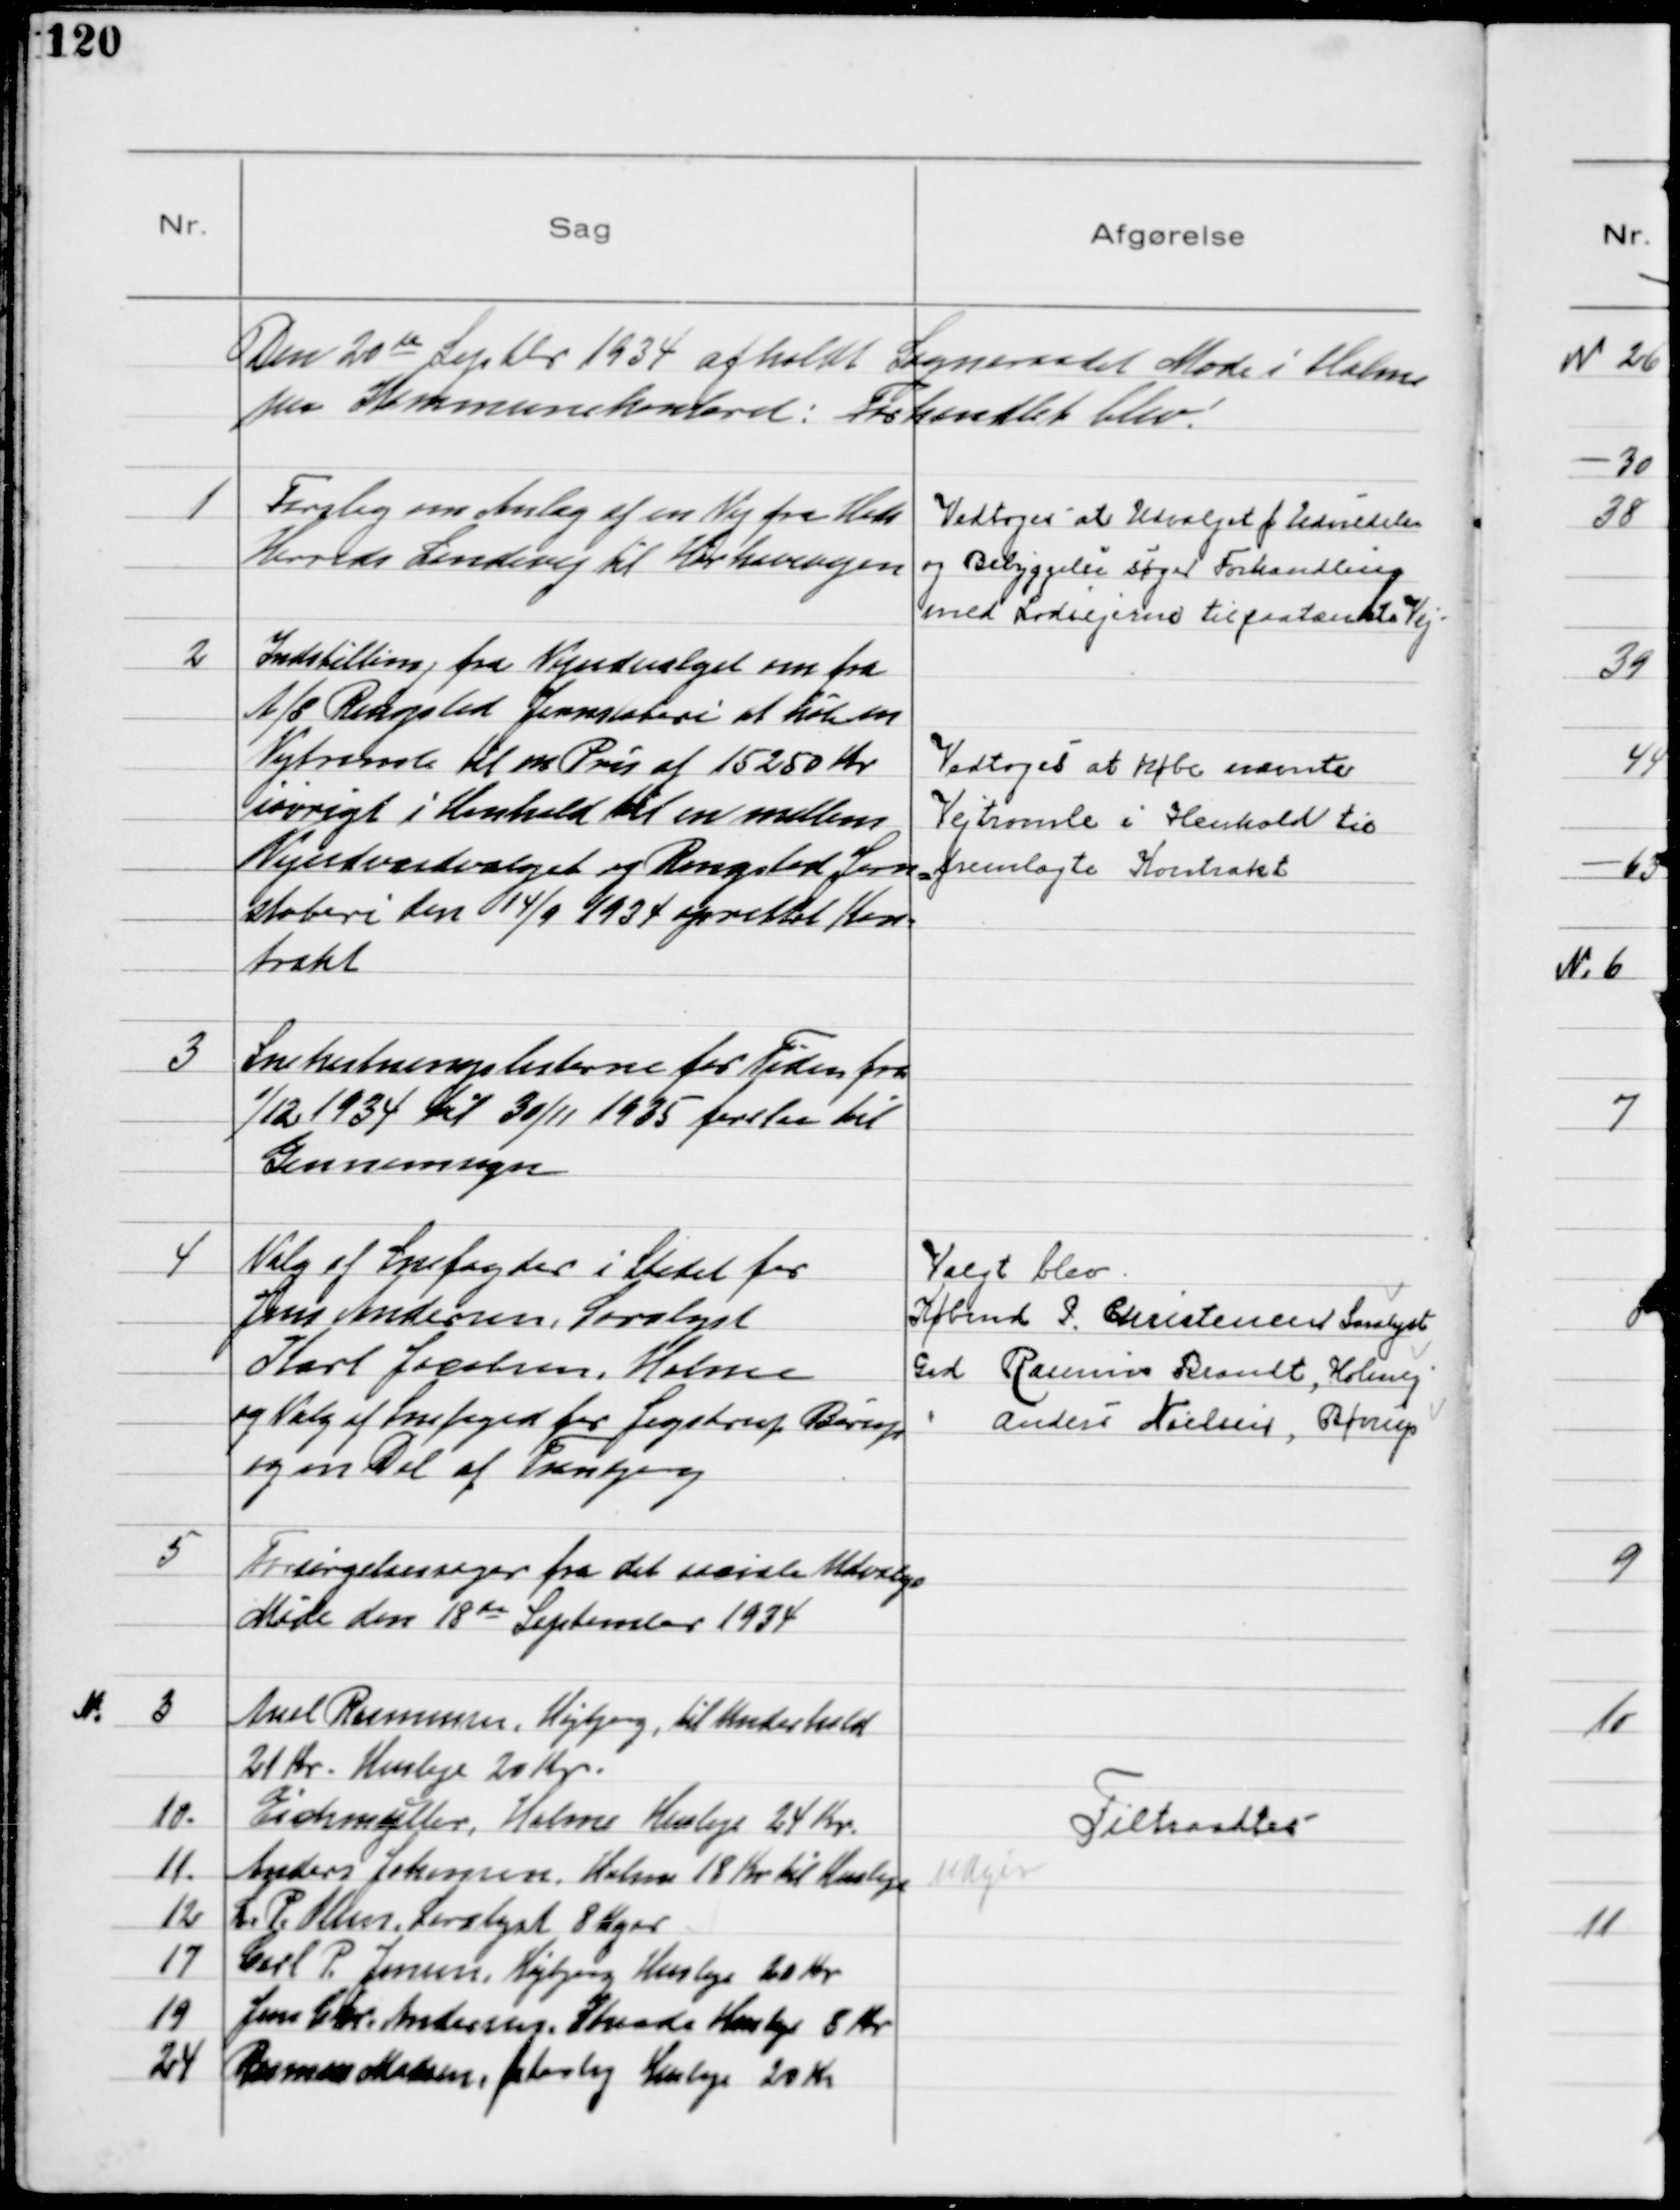
Transskription:
Den 20 de Septbr 1934 afholdt Sogneraadet Møde i Holme
paa Kommunekontoret: Forhandlet blev!

1
Forslag om Anlæg af en Vej fra Hads
Herreds Landevej til Hørhavevejen
Vedtoges at Udvalget f Udvidelse
og Bebyggelse søger Forhandling
med Lodsejerne til paatænkte Vej.
2
Indstilling fra Vejudvalget om fra
A/S Ringsted Jernstøberi at købe en
Vejtromle til en Pris af 15250 Kr
iøvrigt i Henhold til en mellem
Vejudvalget og Ringsted Jern=
støberi den 14/9 1934 oprettet Kon=
trakt
Vedtoges at købe nævnte
Vejtromle i Henhold til
fremlagte Kontrakt

3
Snekastningslisterne for Tiden fra
1/12 1934 til 30/11 1935 forelaa til
Gennemsyn

4
Valg af Snefogder i Stedet for
Jens Andersen, Saralyst
Karl Jacobsen, Holme
og Valg af Snefoged for Jegstrup Børup
og en Del af Tranbjerg

Valgt blev
Købmd P. Christensen Saralyst
Grd. Rasmus Brandt, Holmej
 Anders Nielsen, Børrup

5
Forsørgelsessager fra det sociale Udvalgs
Møde den 18 de September 1934
№3 Axel Rasmussen, Højbjerg, til Underhold
21 Kr. Husleje 20 Kr.
10. Eichmüller, Holme Husleje 24 Kr.
11. Anders Johansen, Holme 18 Kr til Husleje Udgår
12 L. P. Olsen, Saralyst 8 Uger
17 Carl P. Jensen, Højbjerg Husleje 20 Kr
19 Jens Chr. Andersen, Skaade Husleje 8 Kr
24 Rasmus Madsen,Østerby Husleje 20 Kr

Tiltraadtes